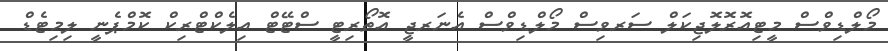
މޯލްޑިވްސް މީޓިއޮރޮލޮޖިކަލް ސަރވިސް މޯލްޑިވްސް އެނަރޖީ އޮތޯރިޓީ ސްޓޭޓް އިލެކްޓްރިކް ކޮމްޕެނީ ލިމިޓެޑް